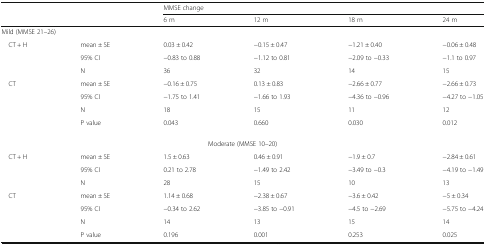
| <ROWSPAN=2-COLSPAN=2>  | <COLSPAN=4> MMSE change |
 | 6 m | 12 m | 18 m | 24 m |
 | --- | --- | --- | --- | --- | --- |
 | <COLSPAN=6> Mild (MMSE 21–26) |
 | <ROWSPAN=3> CT + H | mean ± SE | 0.03 ± 0.42 | −0.15 ± 0.47 | −1.21 ± 0.40 | −0.06 ± 0.48 |
 | 95% CI | −0.83 to 0.88 | −1.12 to 0.81 | −2.09 to −0.33 | −1.1 to 0.97 |
 | N | 36 | 32 | 14 | 15 |
 | <ROWSPAN=4> CT | mean ± SE | −0.16 ± 0.75 | 0.13 ± 0.83 | −2.66 ± 0.77 | −2.66 ± 0.73 |
 | 95% CI | −1.75 to 1.41 | −1.66 to 1.93 | −4.36 to −0.96 | −4.27 to −1.05 |
 | N | 18 | 15 | 11 | 12 |
 | P value | 0.043 | 0.660 | 0.030 | 0.012 |
 | <COLSPAN=6> Moderate (MMSE 10–20) |
 | <ROWSPAN=3> CT + H | mean ± SE | 1.5 ± 0.63 | 0.46 ± 0.91 | −1.9 ± 0.7 | −2.84 ± 0.61 |
 | 95% CI | 0.21 to 2.78 | −1.49 to 2.42 | −3.49 to −0.3 | −4.19 to −1.49 |
 | N | 28 | 15 | 10 | 13 |
 | <ROWSPAN=4> CT | mean ± SE | 1.14 ± 0.68 | −2.38 ± 0.67 | −3.6 ± 0.42 | −5 ± 0.34 |
 | 95% CI | −0.34 to 2.62 | −3.85 to −0.91 | −4.5 to −2.69 | −5.75 to −4.24 |
 | N | 14 | 13 | 15 | 14 |
 | P value | 0.196 | 0.001 | 0.253 | 0.025 |